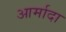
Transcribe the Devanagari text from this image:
आर्मादा